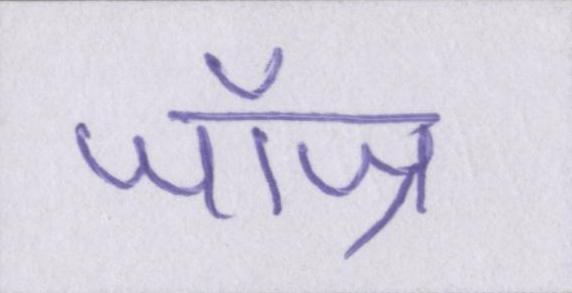
जॉज्र